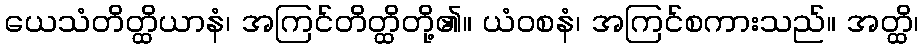
ယေသံတိတ္ထိယာနံ၊ အကြင်တိတ္ထိတို့၏။ ယံဝစနံ၊ အကြင်စကားသည်။ အတ္ထိ၊